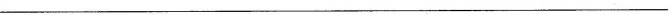
__________